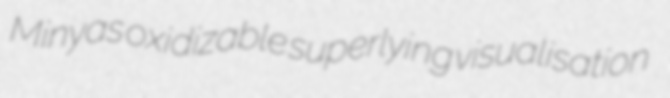
Minyas oxidizable superlying visualisation